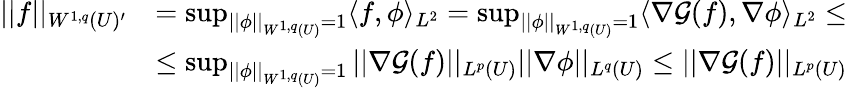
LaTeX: \begin{array}{rl}{||f||_{W^{1,q}(U)^{\prime}}}&{=\operatorname*{sup}_{||\phi||_{W^{1,q}(U)}=1}\langle f,\phi\rangle_{L^{2}}=\operatorname*{sup}_{||\phi||_{W^{1,q}(U)}=1}\langle\nabla\mathcal{G}(f),\nabla\phi\rangle_{L^{2}}\leq}\\ &{\leq\operatorname*{sup}_{||\phi||_{W^{1,q}(U)}=1}||\nabla\mathcal{G}(f)||_{L^{p}(U)}||\nabla\phi||_{L^{q}(U)}\leq||\nabla\mathcal{G}(f)||_{L^{p}(U)}}\end{array}